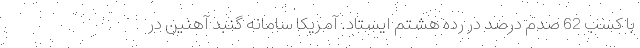
با کسب 62 صدم درصد در رده هشتم ایستاد. آمریکا سامانه گنبد آهنین در